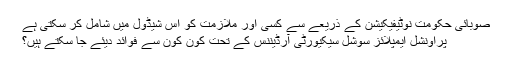
صوبائی حکومت نوٹیفیکیشن کے ذریعے سے کسی اور ملازمت کو اس شیڈول میں شامل کر سکتی ہے
پراونشل ایمپلائز سوشل سیکیورٹی آرڈیننس کے تحت کون کون سے فوائد دیئے جا سکتے ہیں؟